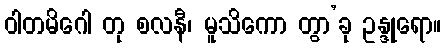
ဝါတမိဂေါ တု စလနီ၊ မူသိကော တွာ’ခု ဥန္ဒုရော။